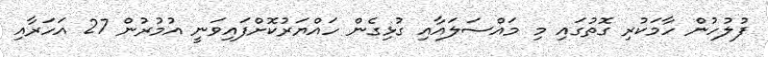
ފުލުހުން ހާމަކުރި ގޮތުގައި މި މައްސަލައާއި ގުޅިގެން ހައްޔަރުކޮށްފައިވަނީ އުމުރުން 27 އަހަރާއި